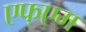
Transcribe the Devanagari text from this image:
एफ्एम